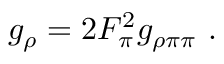
g _ { \rho } = 2 F _ { \pi } ^ { 2 } g _ { \rho \pi \pi } \ .